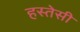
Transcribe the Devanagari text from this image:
हस्तेसी